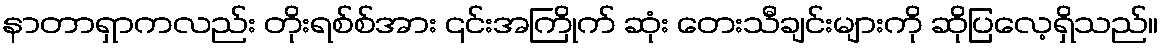
နာတာရှာကလည်း တိုးရစ်စ်အား ၎င်းအကြိုက် ဆုံး တေးသီချင်းများကို ဆိုပြလေ့ရှိသည်။